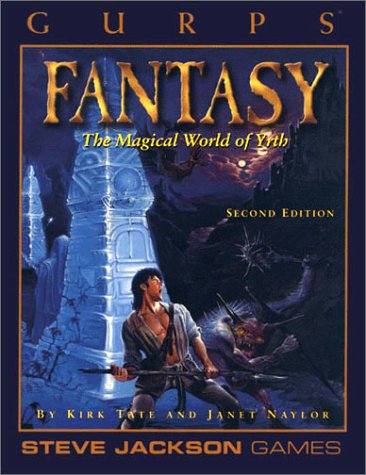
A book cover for Gurp's Fantasy: The Magical World of Yrth; Kirk Tate; Science Fiction & Fantasy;